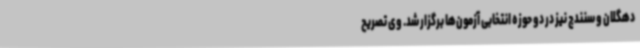
دهگلان و سنندج نیز در دو حوزه انتخابی آزمون‌ها برگزار شد. وی تصریح